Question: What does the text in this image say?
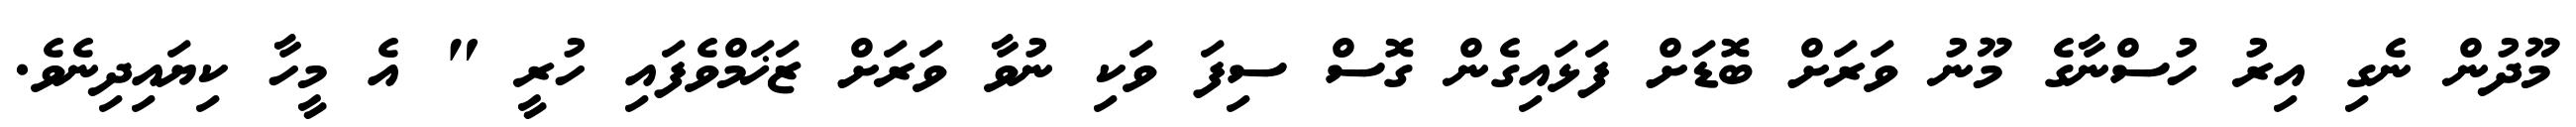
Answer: މޫދުން ނެގި އިރު ހުސްނާގެ މޫނު ވަރަށް ބޮޑަށް ފަޅައިގެން ގޮސް ސިފަ ވަކި ނުވާ ވަރަށް ޒަޚަމްވެފައި ހުރީ " އެ މީހާ ކިޔައިދިނެވެ.